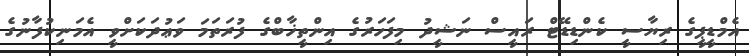
އެމްޑީޕީގެ ރިޔާސީ ކެންޑިޑޭޓް ރައީސް ނަޝީދު މިފަހަރުގެ އިންތީޚާބްގެ ފުރަތަމަ ވަޢުދަކަށްވީ އެމަނިކުފާނުގެ